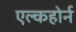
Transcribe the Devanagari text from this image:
एल्कहोर्न